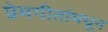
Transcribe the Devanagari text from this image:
प्रेमगीतांमधून